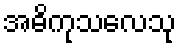
အဓိကုသလေသု